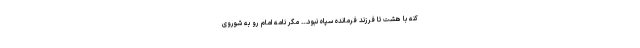
کنه با هشت تا فرزند فرمانده سپاه نبود... مگر نامه امام رو به شوروی